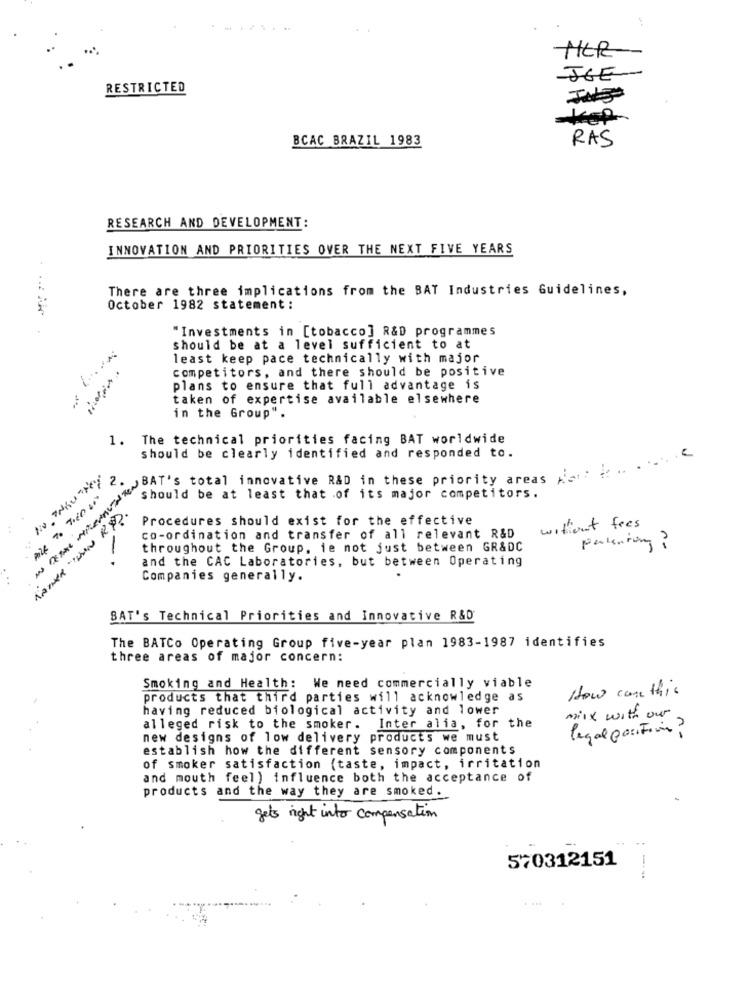
MER
JOE
RESTRICTED
Jule
BCAC BRAZIL 1983
RAS
RESEARCH AND DEVELOPMENT:
INNOVATION AND PRIORITIES OVER THE NEXT FIVE YEARS
There are three implications from the BAT Industries Guidelines,
October 1982 statement :
"Investments in [tobacco] R&D programmes
should be at a level sufficient to at
least keep pace technically with major
competitors, and there should be positive
plans to ensure that full advantage is
taken of expertise available elsewhere
in the Group".
1. The technical priorities facing BAT worldwide
should be clearly identified and responded to.
. . C
to be at novative R&D :
should be at least that of its major competitors.
Procedures should exist for the effective
without fees
co-ordination and transfer of all relevant R&D
throughout the Group, ie not just between GR&DC
parkentung?
and the CAC Laboratories, but between Operating
Companies generally.
SAT's Technical Priorities and Innovative R&D
The BATCo Operating Group five-year plan 1983-1987 identifies
three areas of major concern:
Smoking and Health: We need commercially viable
How can this
products that third parties will acknowledge as
having reduced biological activity and lower
mix with our
alleged risk to the smoker. Inter alia, for the
legal position?
new designs of low delivery products we must
establish how the different sensory components
of smoker satisfaction (taste, impact, irritation
and mouth feel) influence both the acceptance of
products and the way they are smoked.
gets right into compensation
..
570312151
1